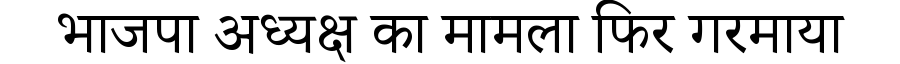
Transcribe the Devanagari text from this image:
भाजपा अध्यक्ष का मामला फिर गरमाया